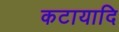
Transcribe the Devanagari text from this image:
कटायादि